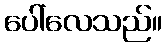
ပေါ်လေသည်။